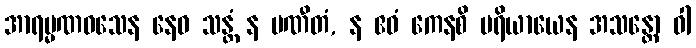
အာရမ္မဏဝသေန နေဝ သန္တံ န ပဏီတံ, န ဧဝံ ကေနစိ ပရိယာယေန အသန္တော ဝါ